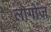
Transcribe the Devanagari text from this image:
लोगोज